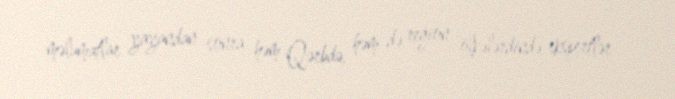
məlumatlar yayandan sonra həm Qərbdə, həm də region ölkələrdində ekspertlər